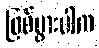
ဖြစ်ပွားပါက